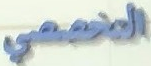
التخصصي